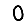
Digit: 0